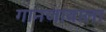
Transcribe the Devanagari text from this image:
गानजावाला